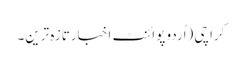
کراچی (اُردو پوائنٹ اخبارتازہ ترین۔